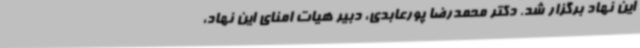
این نهاد برگزار شد. دکتر محمدرضا پورعابدی، دبیر هیات امنای این نهاد،